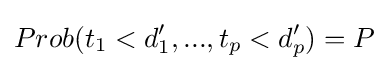
Prob(t_{1}<d_{1}',...,t_{p}<d_{p}')=P